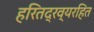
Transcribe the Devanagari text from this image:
हरितद्रव्यरहित